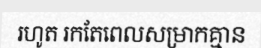
រហូត រកតែពេលសម្រាកគ្មាន